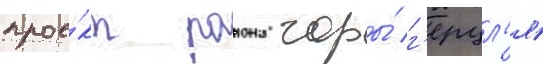
прое́кт раиона горы́ г'ерцл'я